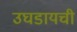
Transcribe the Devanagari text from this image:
उघडायची